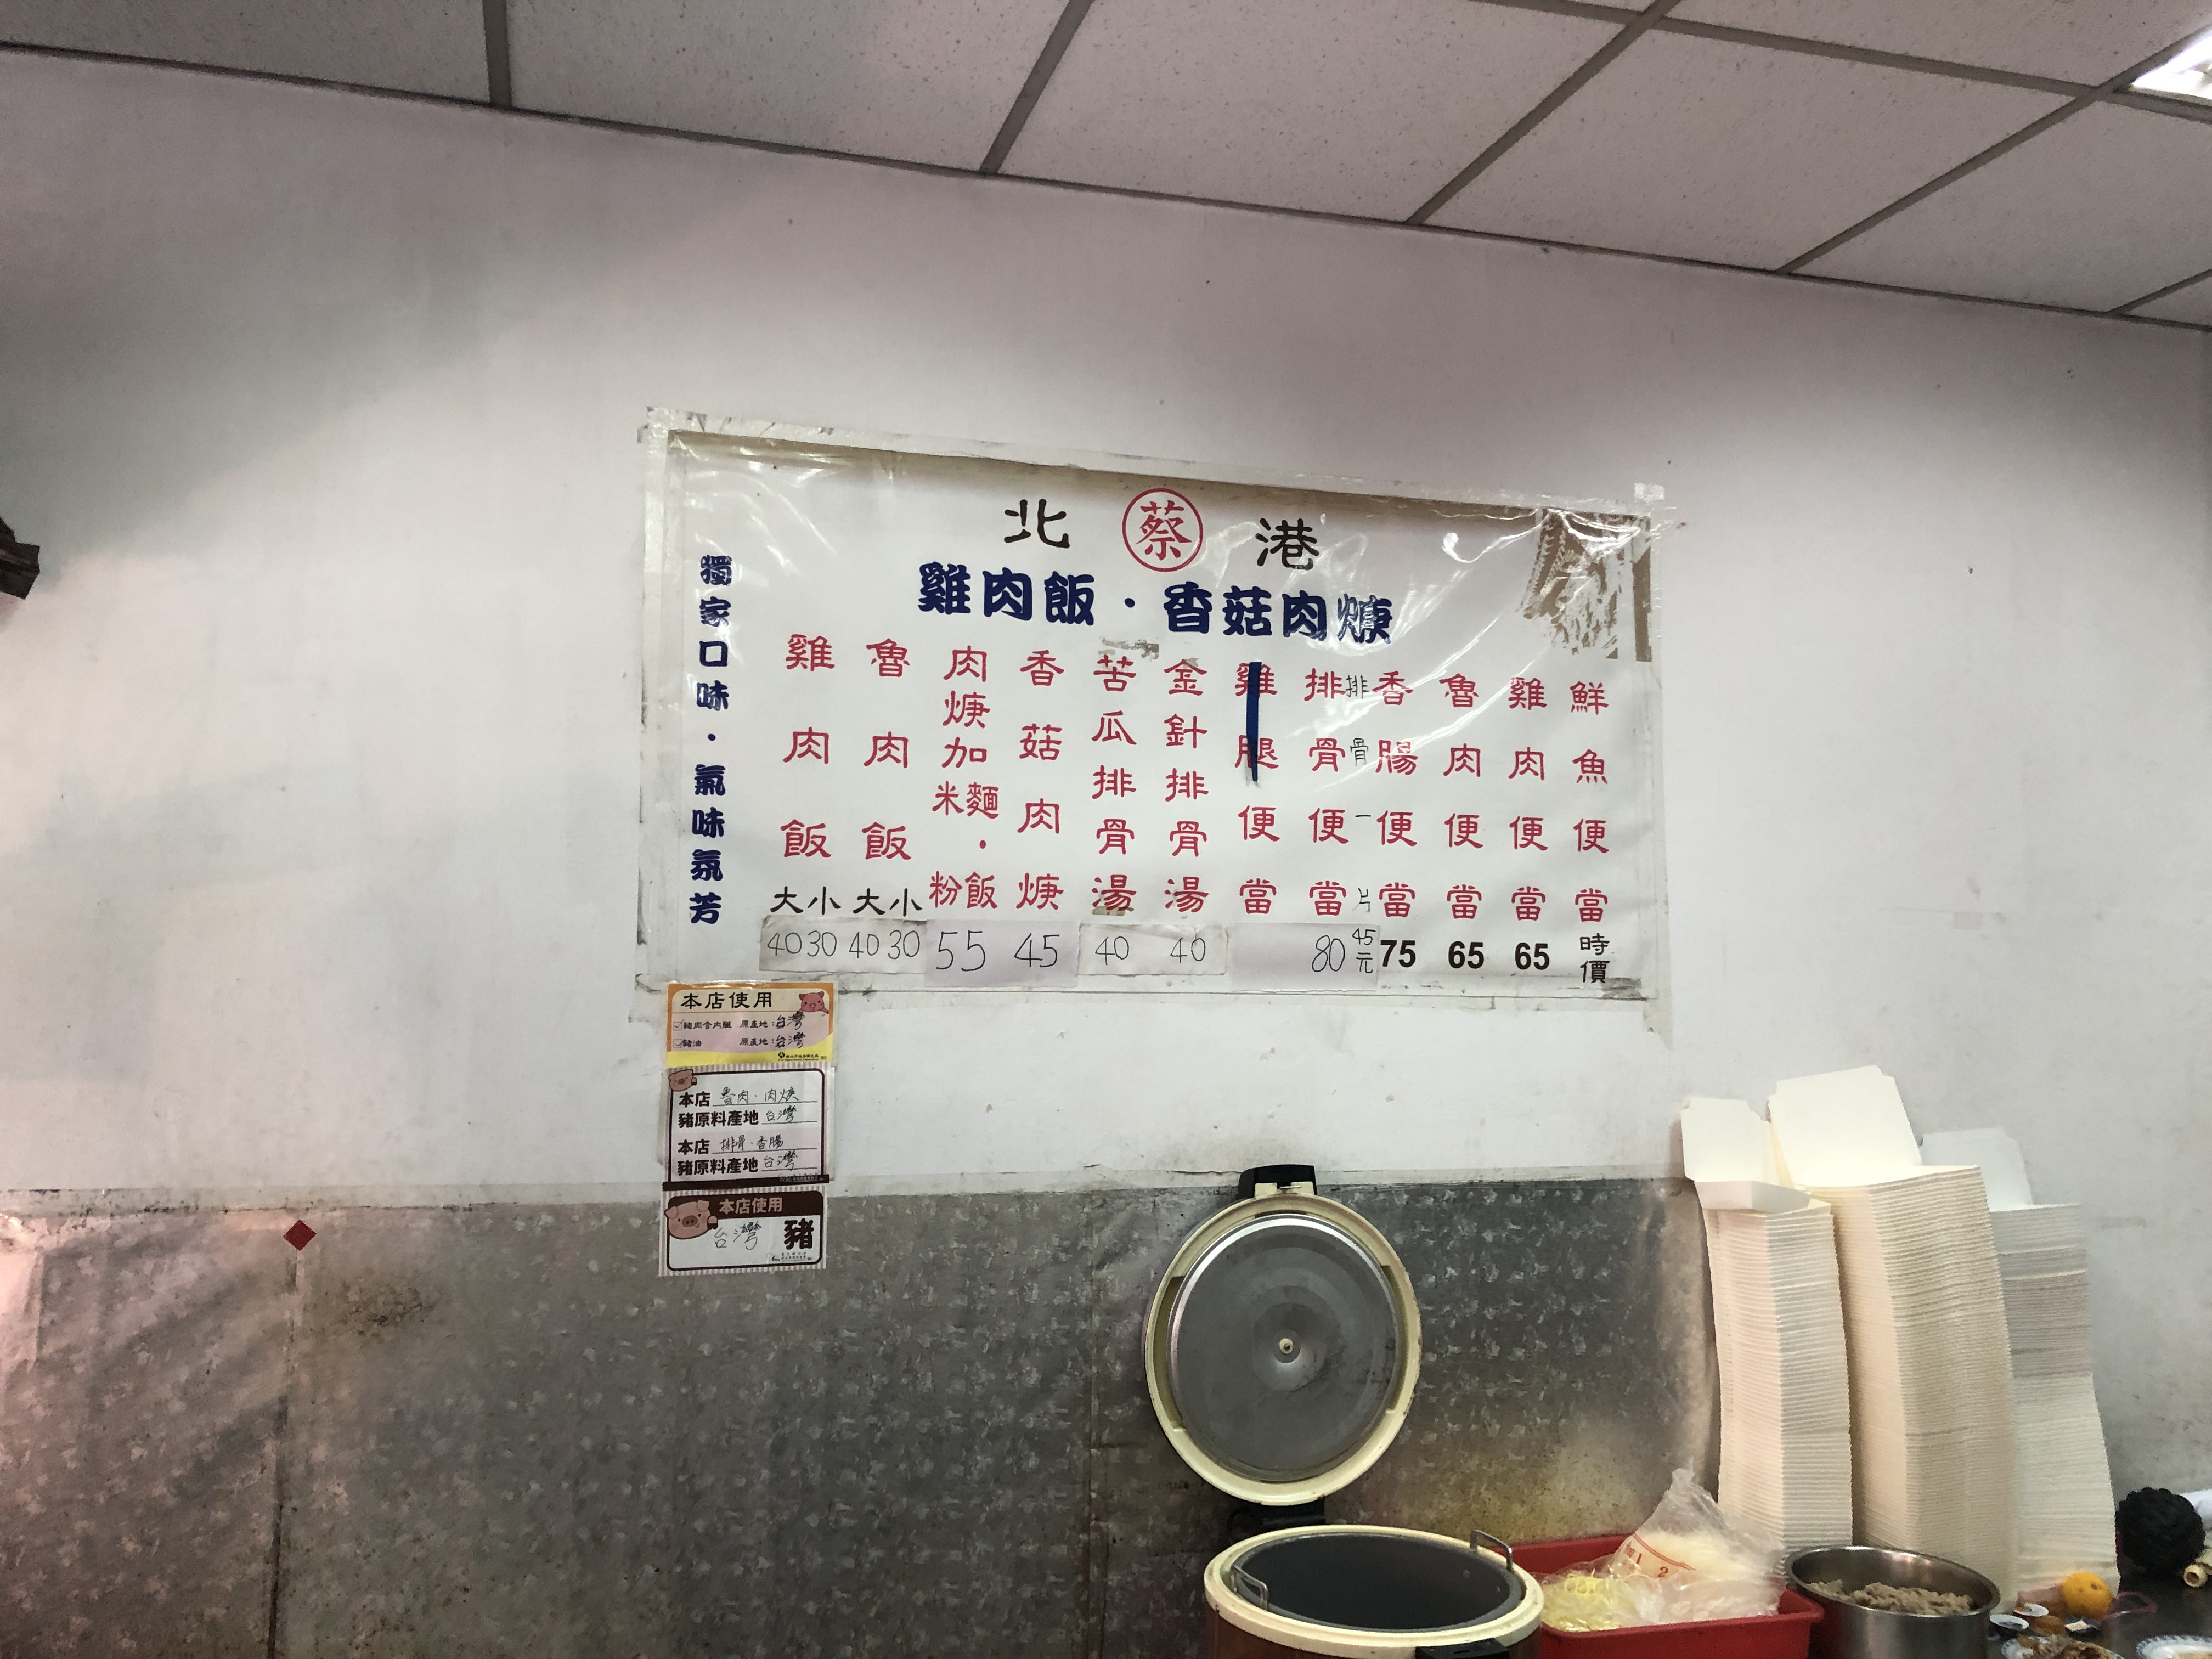
餐廳：北港 雞肉飯 • 香菇肉羹
菜單：
name: 雞肉飯 (大)
price: 40
name: 雞肉飯 (小)
price: 30
name: 魯肉飯 (大)
price: 40
name: 魯肉飯 (小)
price: 30
name: 肉燥加米麵
price: 55
name: 香菇肉羹
price: 45
name: 苦瓜排骨湯
price: 40
name: 金針排骨湯
price: 40
name: 雞腿便當
price: 80
name: 排骨便當
price: 75
name: 香腸便當
price: 65
name: 魯肉便當
price: 65
name: 雞肉便當
price: 65
name: 鮮魚便當
price: -1